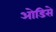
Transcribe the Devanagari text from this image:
ओडिसे